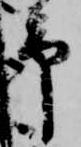
予